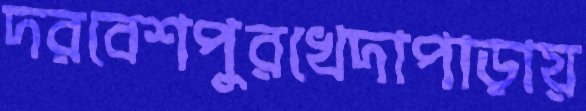
দরবেশপুরখেদাপাড়ায়